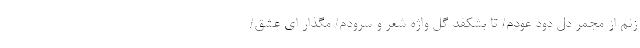
زنم از مجمر دل دود عودم/ تا بشکفد گل واژه شعر و سرودم/ مگذار ای عشق/